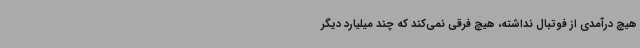
هیچ درآمدی از فوتبال نداشته، هیچ فرقی نمی‌کند که چند میلیارد دیگر